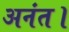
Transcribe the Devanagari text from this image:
अनंत।